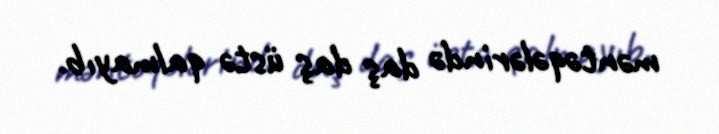
məntəqələrində daş daş üstə qalmayıb.